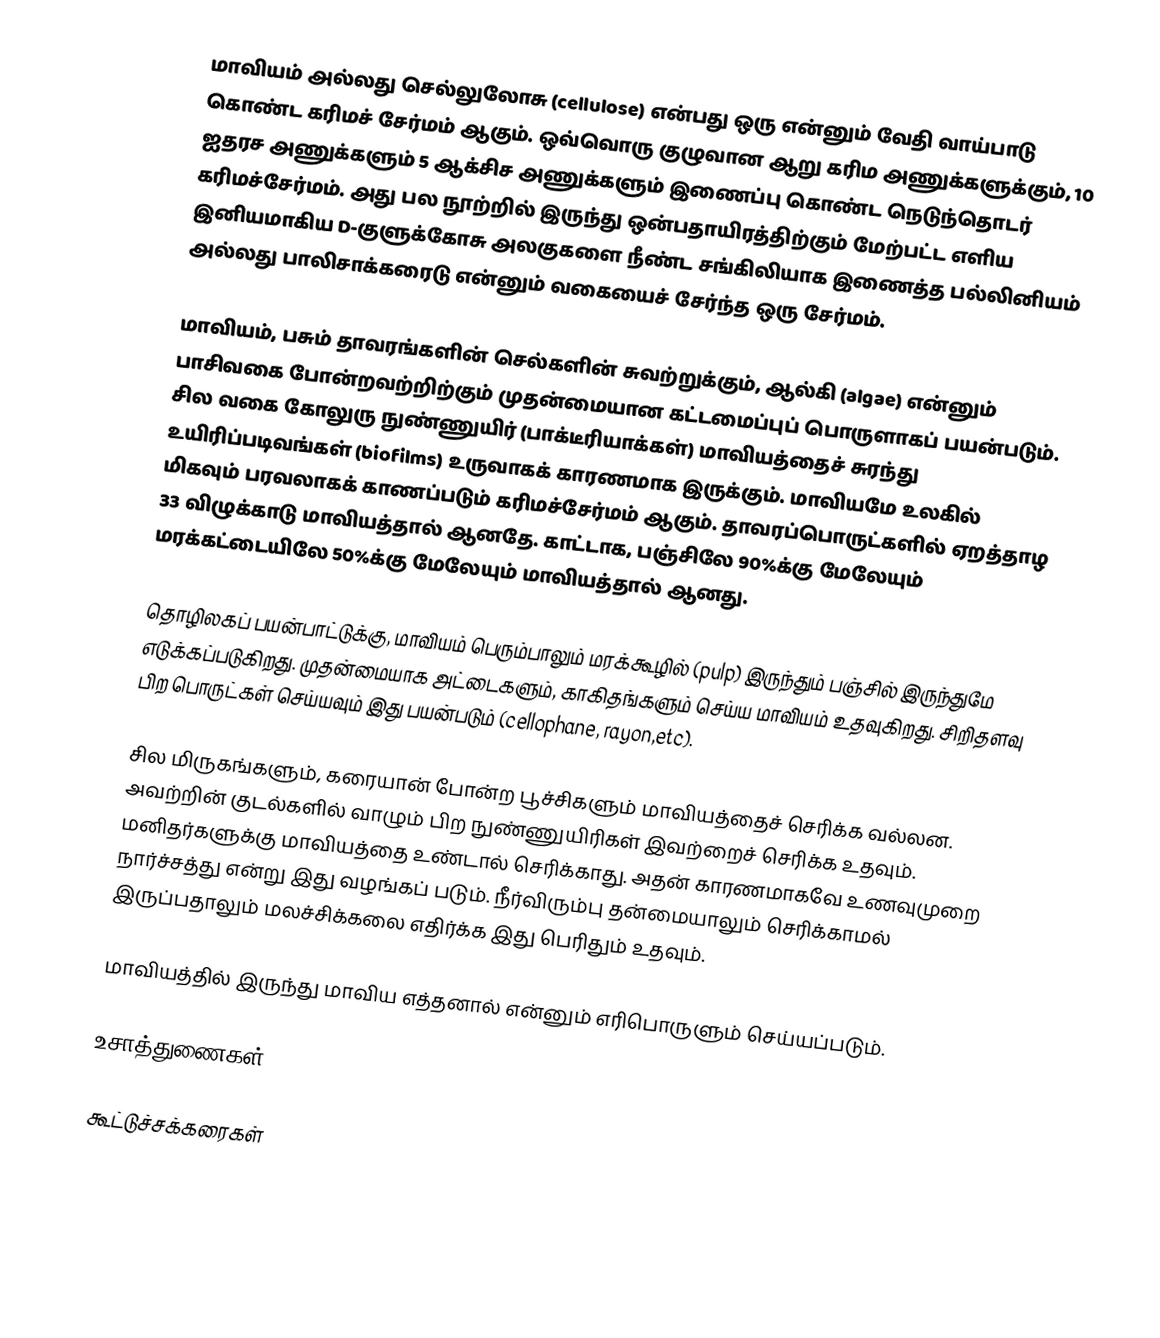
மாவியம் அல்லது செல்லுலோசு (cellulose) என்பது ஒரு  என்னும் வேதி வாய்பாடு கொண்ட கரிமச் சேர்மம் ஆகும். ஒவ்வொரு குழுவான ஆறு கரிம அணுக்களுக்கும், 10 ஐதரச அணுக்களும் 5 ஆக்சிச அணுக்களும் இணைப்பு கொண்ட நெடுந்தொடர் கரிமச்சேர்மம். அது பல நூற்றில் இருந்து ஒன்பதாயிரத்திற்கும் மேற்பட்ட எளிய இனியமாகிய D-குளுக்கோசு அலகுகளை நீண்ட சங்கிலியாக இணைத்த பல்லினியம் அல்லது பாலிசாக்கரைடு என்னும் வகையைச் சேர்ந்த ஒரு சேர்மம்.

மாவியம், பசும் தாவரங்களின் செல்களின் சுவற்றுக்கும், ஆல்கி (algae) என்னும் பாசிவகை போன்றவற்றிற்கும் முதன்மையான கட்டமைப்புப் பொருளாகப் பயன்படும். சில வகை கோலுரு நுண்ணுயிர் (பாக்டீரியாக்கள்) மாவியத்தைச் சுரந்து உயிரிப்படிவங்கள் (biofilms) உருவாகக் காரணமாக இருக்கும்.  மாவியமே உலகில் மிகவும் பரவலாகக் காணப்படும் கரிமச்சேர்மம் ஆகும். தாவரப்பொருட்களில் ஏறத்தாழ 33 விழுக்காடு மாவியத்தால் ஆனதே.   காட்டாக, பஞ்சிலே 90%க்கு மேலேயும் மரக்கட்டையிலே 50%க்கு மேலேயும் மாவியத்தால்  ஆனது.

தொழிலகப் பயன்பாட்டுக்கு, மாவியம் பெரும்பாலும் மரக்கூழில் (pulp) இருந்தும் பஞ்சில் இருந்துமே எடுக்கப்படுகிறது. முதன்மையாக அட்டைகளும், காகிதங்களும் செய்ய மாவியம் உதவுகிறது. சிறிதளவு பிற பொருட்கள் செய்யவும் இது பயன்படும் (cellophane, rayon,etc).

சில மிருகங்களும், கரையான் போன்ற பூச்சிகளும் மாவியத்தைச் செரிக்க வல்லன. அவற்றின் குடல்களில் வாழும் பிற நுண்ணுயிரிகள் இவற்றைச் செரிக்க உதவும். மனிதர்களுக்கு மாவியத்தை உண்டால் செரிக்காது. அதன் காரணமாகவே உணவுமுறை நார்ச்சத்து என்று இது வழங்கப் படும். நீர்விரும்பு தன்மையாலும் செரிக்காமல் இருப்பதாலும் மலச்சிக்கலை எதிர்க்க இது பெரிதும் உதவும்.

மாவியத்தில் இருந்து மாவிய எத்தனால் என்னும் எரிபொருளும் செய்யப்படும்.

உசாத்துணைகள்

கூட்டுச்சக்கரைகள்